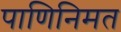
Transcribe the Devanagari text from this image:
पाणिनिमत